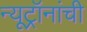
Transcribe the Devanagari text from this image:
न्यूट्रॉनांची